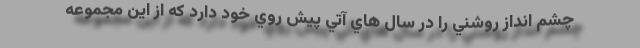
چشم انداز روشني را در سال هاي آتي پيش روي خود دارد كه از اين مجموعه